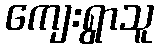
ကျေးရွာသူ